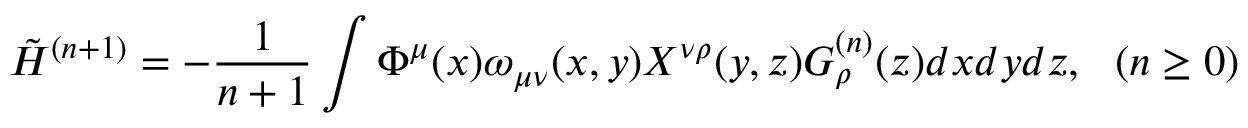
\tilde { H } ^ { ( n + 1 ) } = - \frac { 1 } { n + 1 } \int \Phi ^ { \mu } ( x ) \omega _ { \mu \nu } ( x , y ) X ^ { \nu \rho } ( y , z ) G _ { \rho } ^ { ( n ) } ( z ) d x d y d z , ~ ~ ( n \geq 0 )